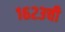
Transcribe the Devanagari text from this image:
१६२३ची